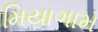
મિયાગામ